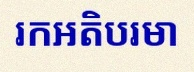
រកអតិបរមា